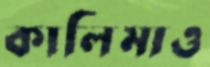
কালিমাও